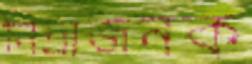
নিদ্রাজনক